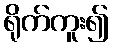
ရိုက်ကူး၍